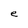
Character: e